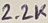
Text: 2.2K